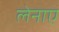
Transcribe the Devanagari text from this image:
लेनाए